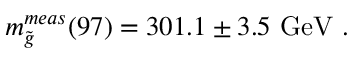
m _ { \tilde { g } } ^ { m e a s } ( 9 7 ) = 3 0 1 . 1 \pm 3 . 5 \mathrm { \ G e V ~ . }